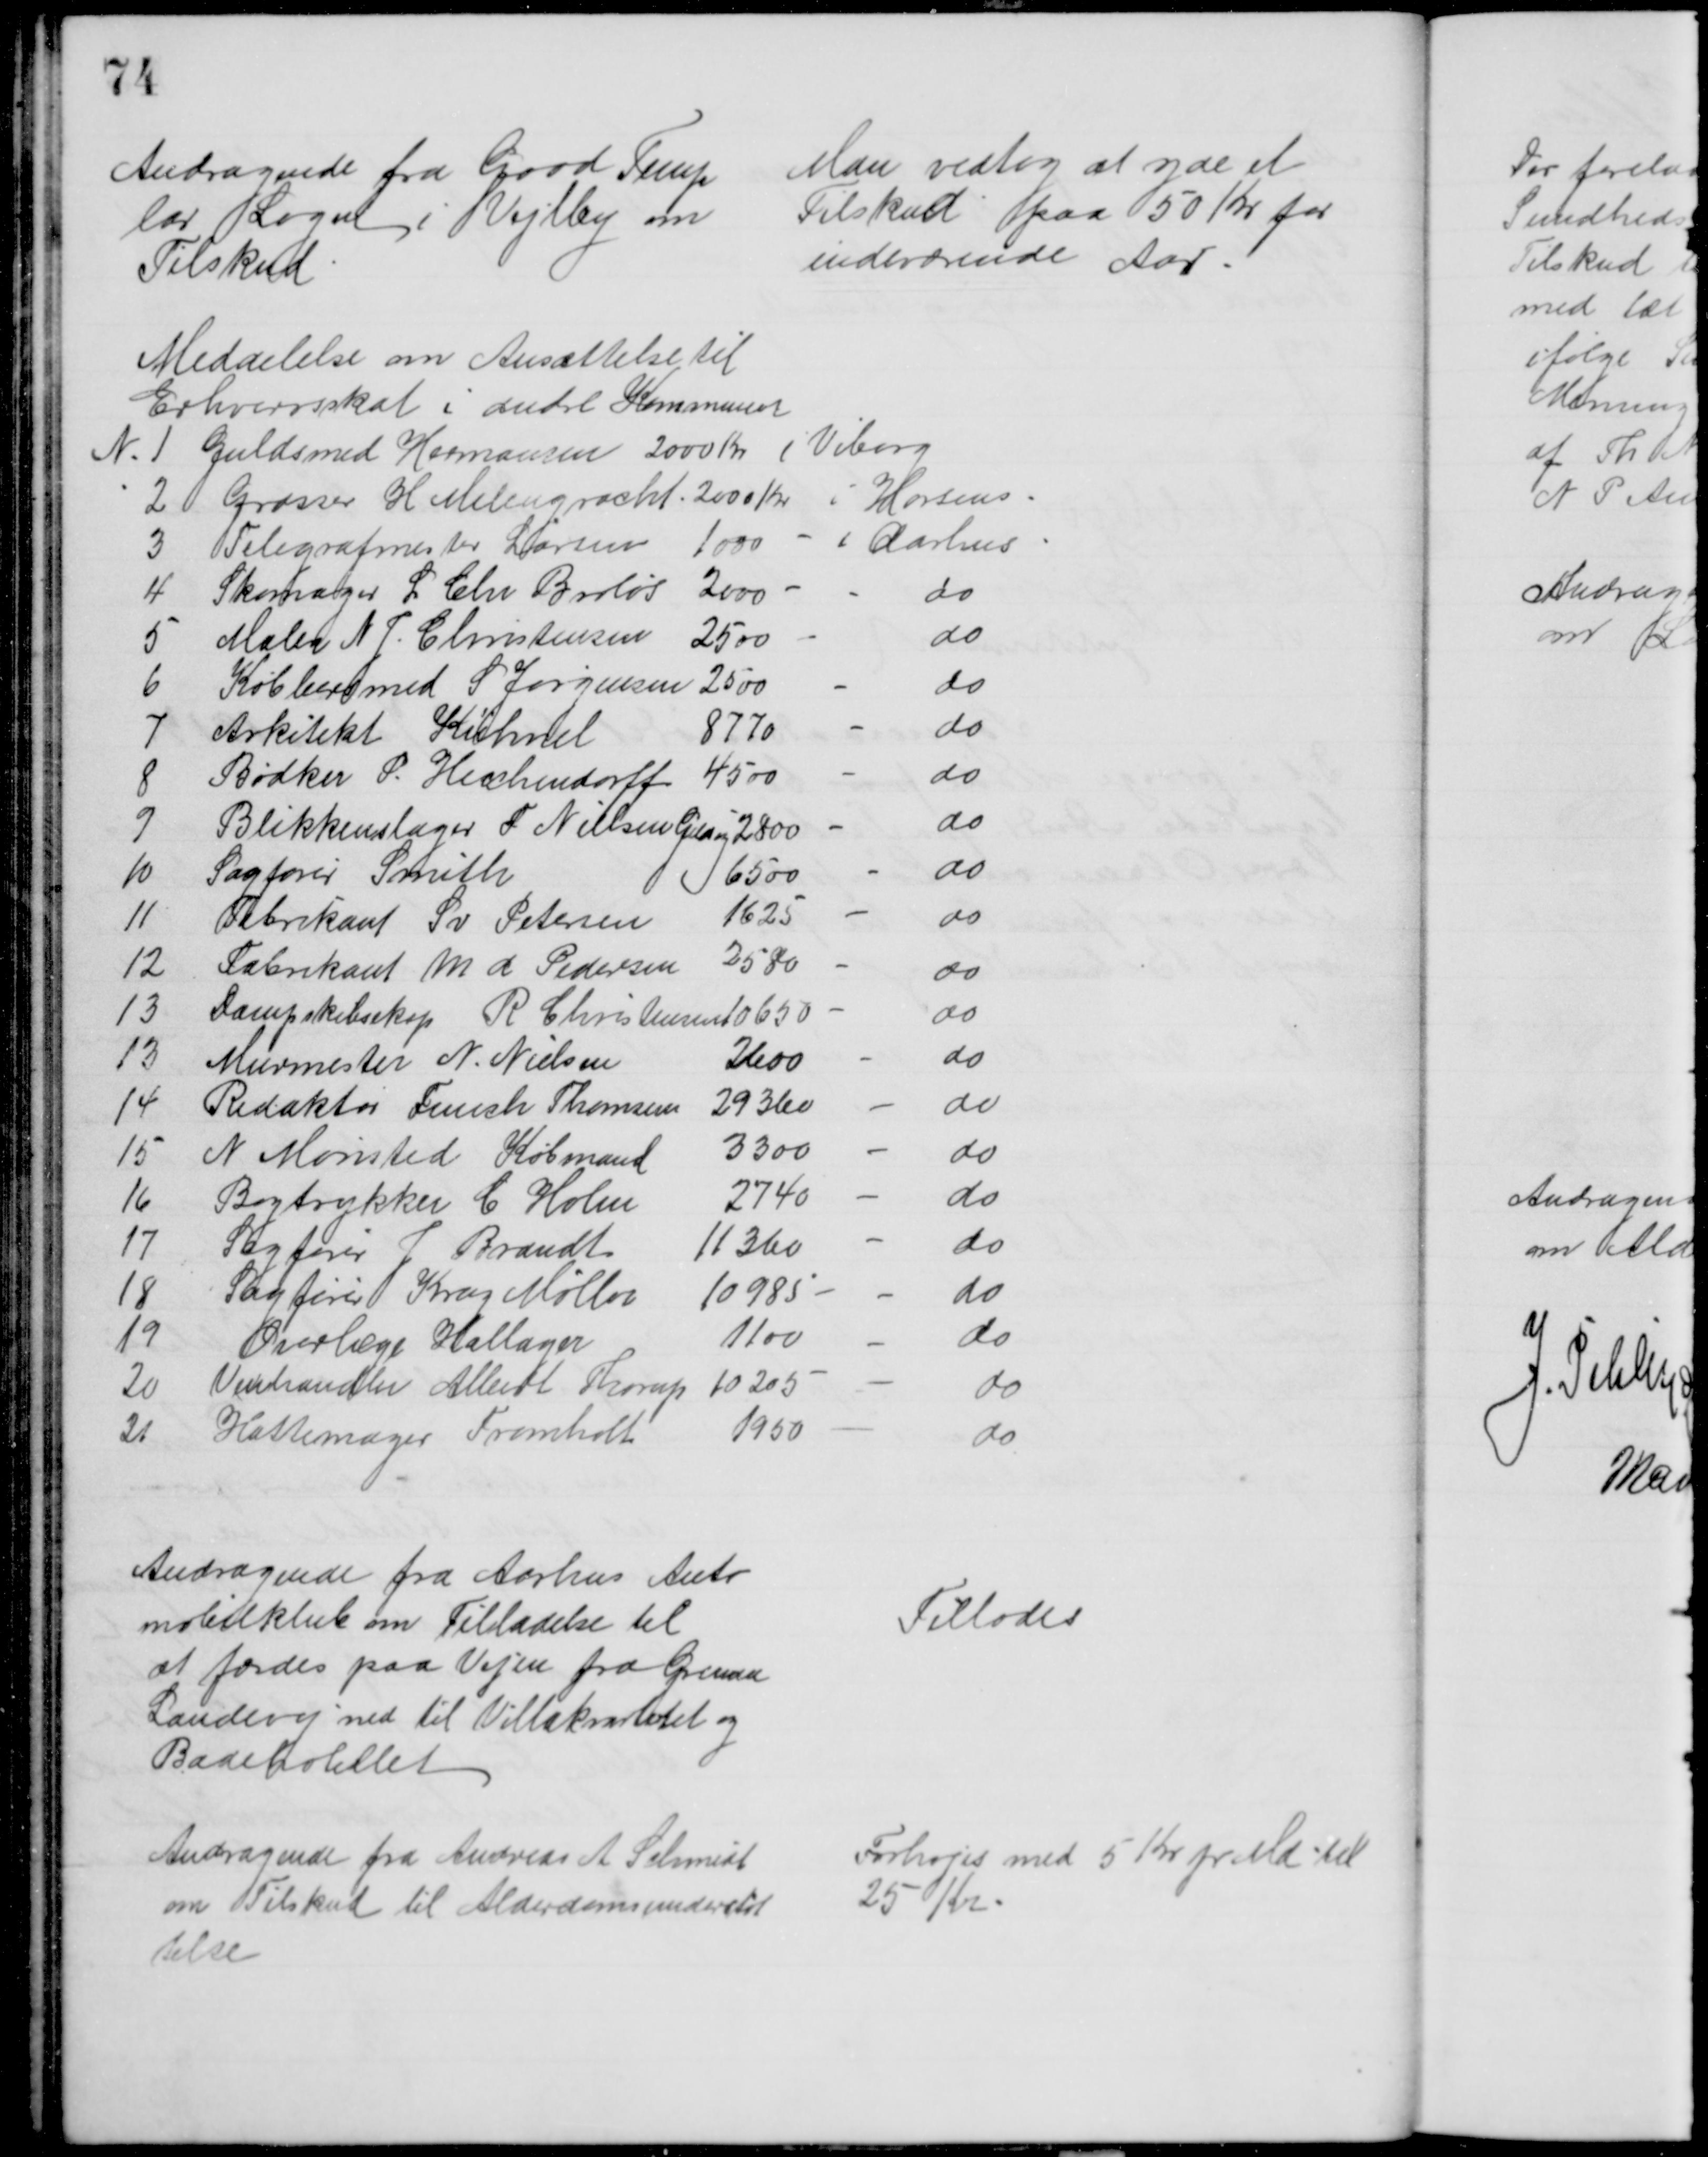
Transskription:
Andragende fra Good Temp
lar Logen i Vejlby om
Tilskud
Man vedtog at yde et 
Tilskud paa 50 Kr for
indeværende Aar
Meddelelse om Ansættelse til
Erhvervsskat i andre Kommuner
N. 1
Guldsmed Hermansen 2000 Kr i Viborg
2
Grosser H Melengracht. 2000 Kr i Horsens
3
Telegrafmester Larsen
1000
i Aarhus
4
Skomager L Chr Broløs
2000
do
5
Maler N J. Christensen
2500
do
6
Kobbersmed S Jørgensen 2500
do
7
Arkitekt Kühnel
8770
do
8
Bødker P. Heichendorff
4500
do
9
Blikkenslager F Nielsen Gildsig 2800
do
10
Sagfører Smith
6500
do
11
Fabrikant Sv Petersen
1625
do
12
Fabrikant M A Pedersen
2580
do
13
Dampskibseksp R Christensen 10650
do
13
Murmester N. Nielsen
2600
do
14
Redaktør Funch Thomsen
29360
do
15
N Mønsted Købmand
3300
do
16
Bogtrykker C Holm
2740
do
17
Sagfører J Brandt
11360
do
18
Sagfører Krag Møller
10985
do
19
Overlæge Hallager
1100
do
20
Vinhandler Albert Thorup
10205
do
21
Hattemager Tromholt
1950
do
Andragende fra Aarhus Anto
mobilklub om Tilladelse til
at færdes paa Vejen fra Grenaa
Landevej ned til Villakvarteret og 
Badehotellet
Tillodes
Andragende fra Andreas A. Schmidt
om Tilskud til Alderdomsunderstøt
telse
Forhøjes med 5 Kr pr Md til
25 Kr.